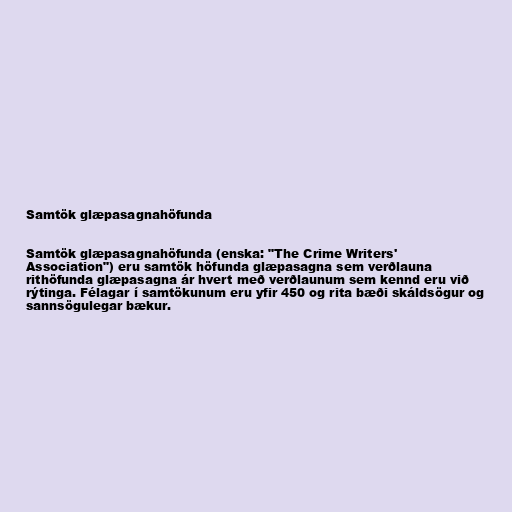
Samtök glæpasagnahöfunda

Samtök glæpasagnahöfunda (enska: "The Crime Writers'
Association") eru samtök höfunda glæpasagna sem verðlauna
rithöfunda glæpasagna ár hvert með verðlaunum sem kennd eru við
rýtinga. Félagar í samtökunum eru yfir 450 og rita bæði skáldsögur og
sannsögulegar bækur.